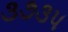
૩૭૩૫